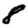
Digit: 8